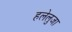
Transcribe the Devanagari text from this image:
हलेलुजा